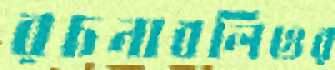
রচনাবলিওর